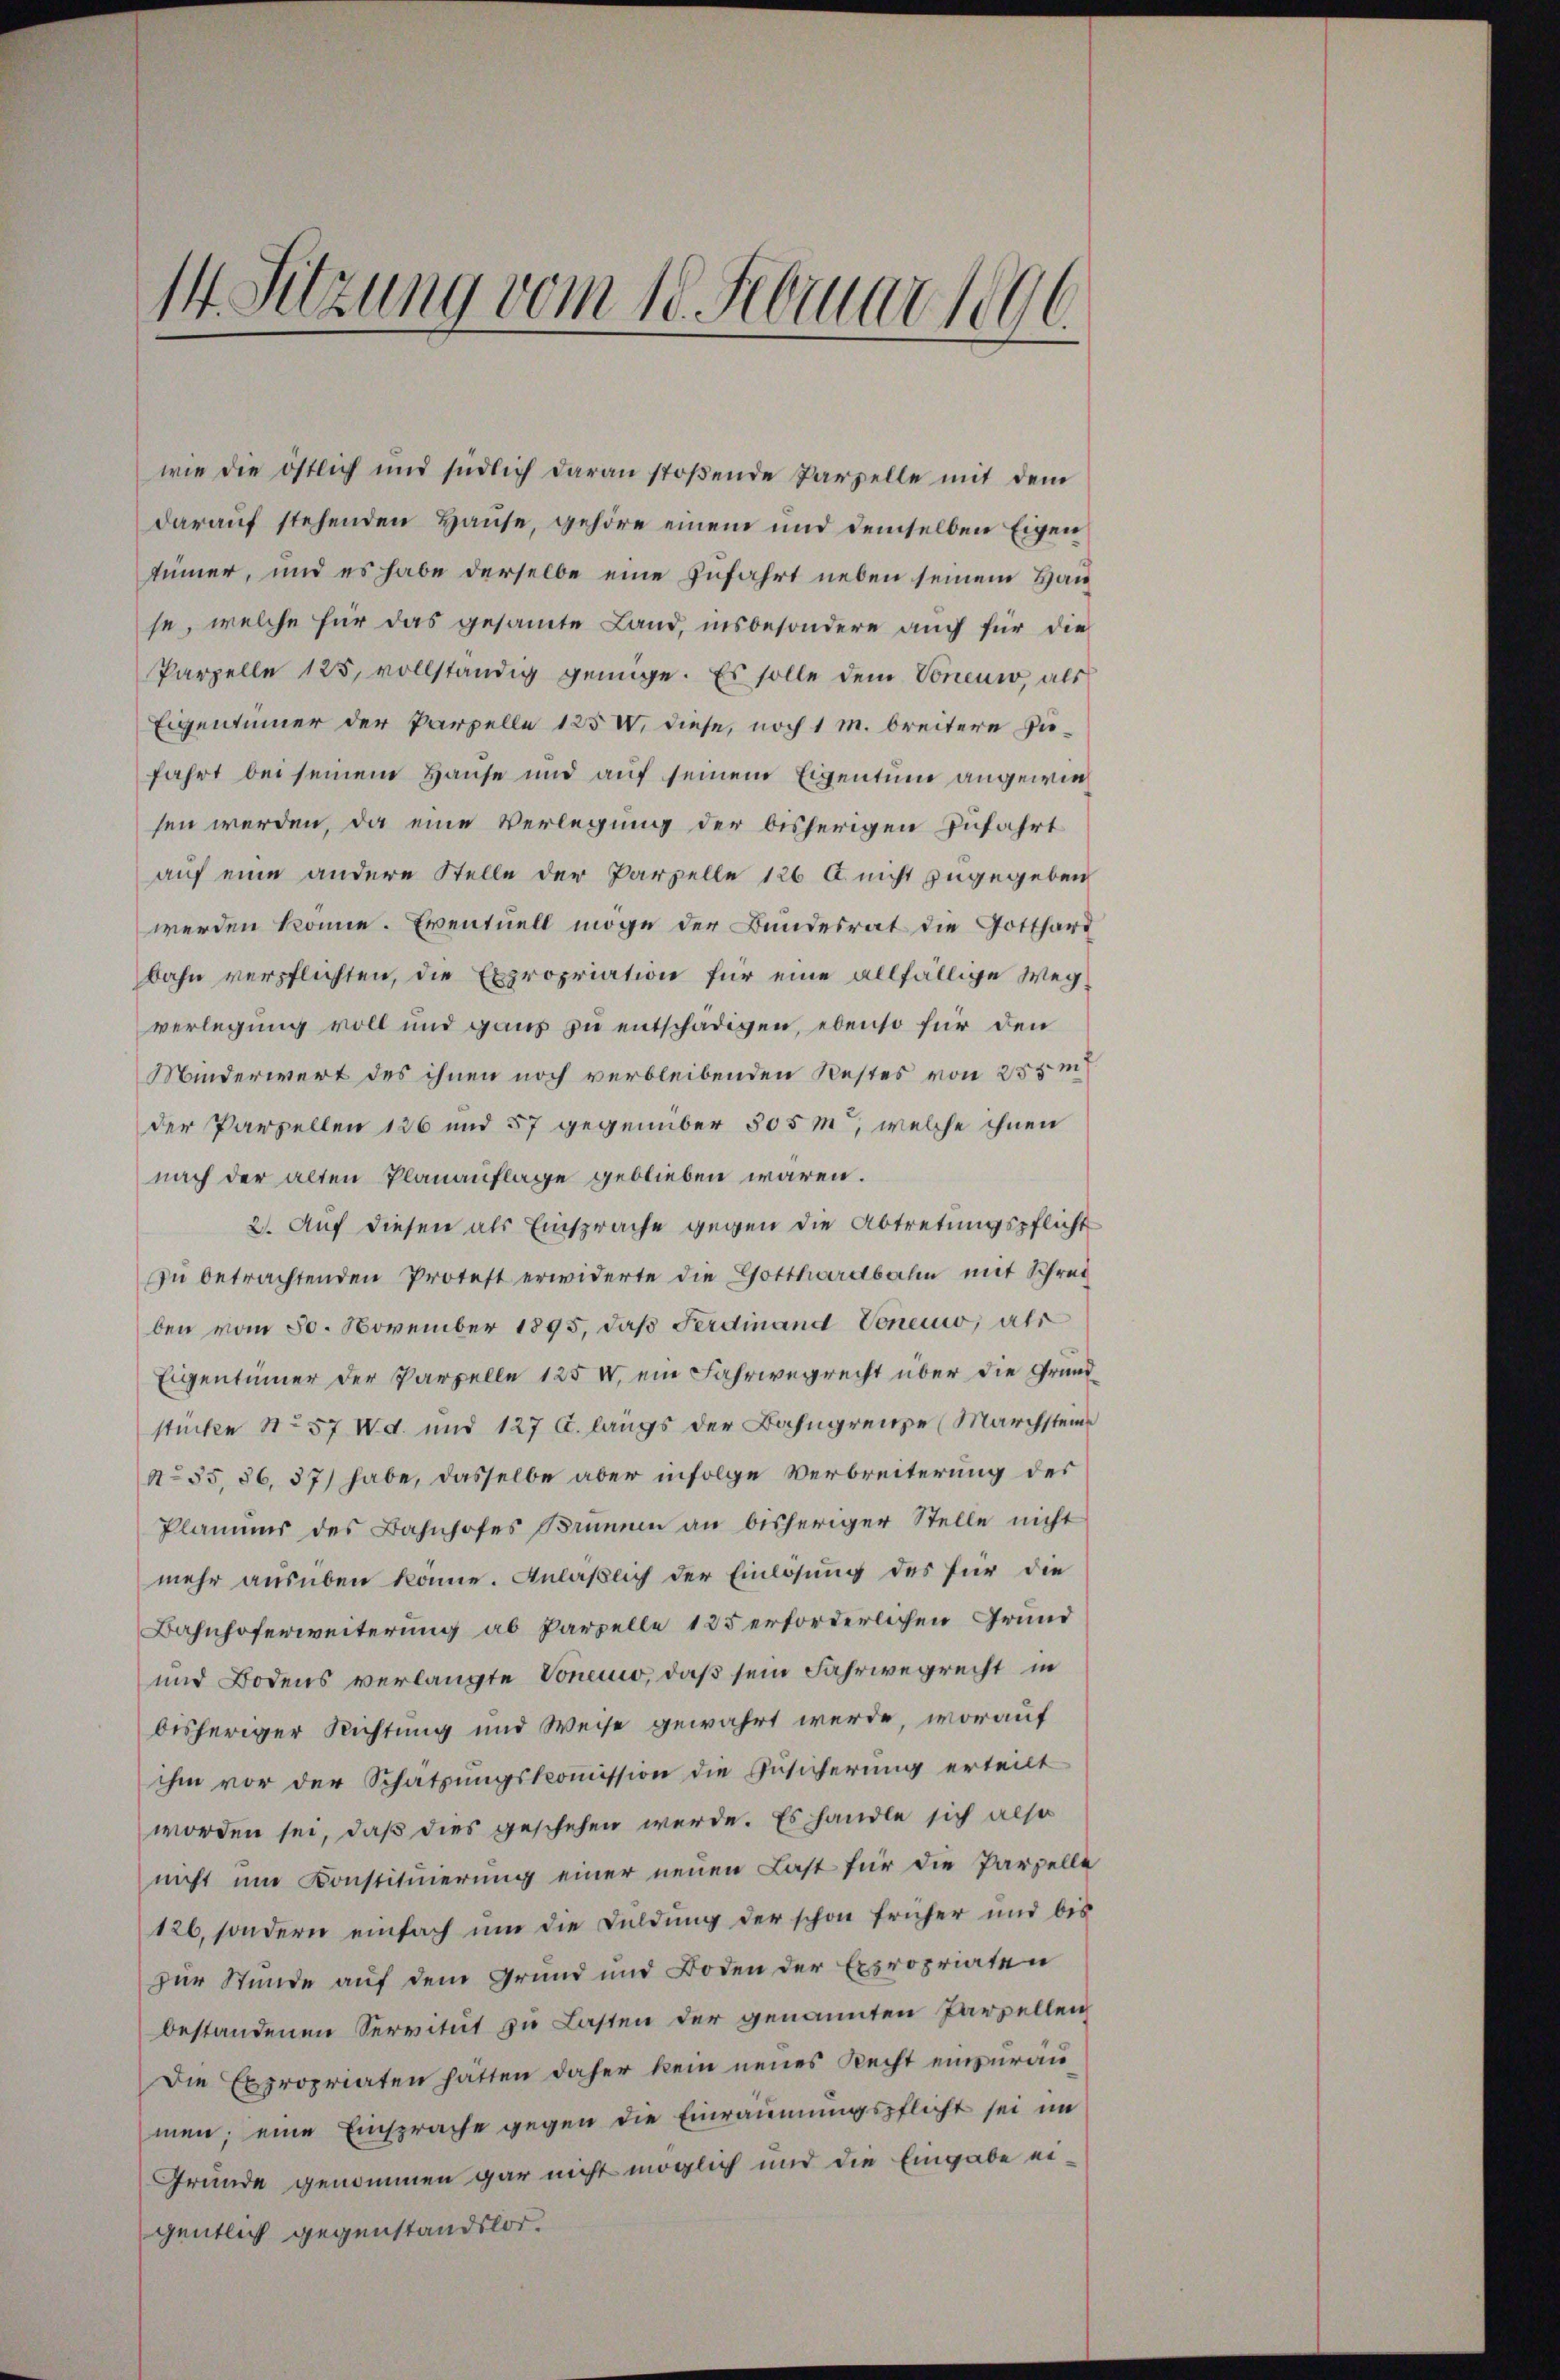
wie die östlich und südlich daran stoβende Parzelle mit dem
darauf stehenden Hause, gehöre einem und demselben Eigen
tümmer, und es habe derselbe eine zufahrt neben seinem Hau
se, welche für das gesammte Land, insbesondere auch für die
Parzelle 125, vollständig genüge. Es solle dem Voneuw, als
Eigentümer der Parzelle 125 V. diese, noch 1 m breitere Zufahrt bei seinem Hause und auf seinem Eigentum angewiesen werden, da eine Verlegung der bisherigen Zufahrt
auf eine andere Stelle der Parzelle 126 l. nicht zugegeben
werden könne. Eventuell möge der Bundesrat die Gotthard
bahn verpflichten, die Expropriation für eine allfällige Weg
verlegung voll und ganz zu entschädigen, ebenso für den
Minderwert des ihnen noch verbleibenden Restes von 255m
der Parzellen 126 und 57 gegenüber 505m, welche ihnen
nach der alten Planauflage geblieben waren.
2. Auf diesen als Einsprache gegen die Abtretungspflicht
zŭ betrachtenden Protest erwiderte die Gotthardbahn mit Schrei
ben vom 30. November 1895, daß Ferdinand Concio, als
Eigentümer der Parzelle 125 u. ein Fahrwegrecht über die Grund
stücke No 57 d. und 127 C. langs der Bahngrenze (Marchstein
No 35, 36, 37) habe, dasselbe aber infolge Verbreiterung des
Plamuns des Bahnhofes Brunnen an bisheriger Stelle nicht
mehr ausüben könne. Anläßlich der Einlösung des für die
Bahnhoferweiterung ab Parzelle 125 erforderlichen Grund¬
und Bodens verlangte Vonen, daß sein Fahrwegrecht in
bisheriger Richtung und Weise gewahrt werde, worauf
ihm vor der Schatzungskoṁission die Zusicherung erteilt
worden sei, daß dies geschehen werde. Es handle sich also
nicht um Konstituierung einer neuen Last für die Parzelle
126, sondern einfach um die Duldung der schon früher und bis
zur Stunde auf dem Grund und Boden der Expropriaten
bestandenen Servitut zu Lasten der genannten Parzellen
Die Expropriaten hatten daher kein neues Recht einzuraumen; eine Einsprache gegen die Einräumungspflicht sei im
Gründe genommen gar nicht möglich und die Eingabe eigentlich gegenstandslos.

14. Sitzung vom 18. Februar 1896